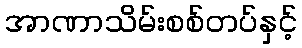
အာဏာသိမ်းစစ်တပ်နှင့်